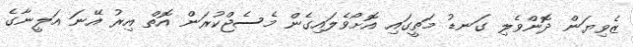
ޒެވިޔަން ދޮންވެލި ގަނޑު މަތީގައި އޮށޯވެލައިގެން މެސެޖްކުރަން އޮތް އިރު އޭނަ އަލީނާގެ